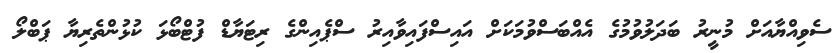
ސެވިއްޔާއަށް މުނީރު ބަދަލުވުމުގެ އެއްބަސްވުމަކަށް އައިސްފައިވާއިރު ސްޕެއިންގެ ރިޓަޔާޑް ފުޓްބޯޅަ ކުޅުންތެރިޔާ ޕަބްލޯ